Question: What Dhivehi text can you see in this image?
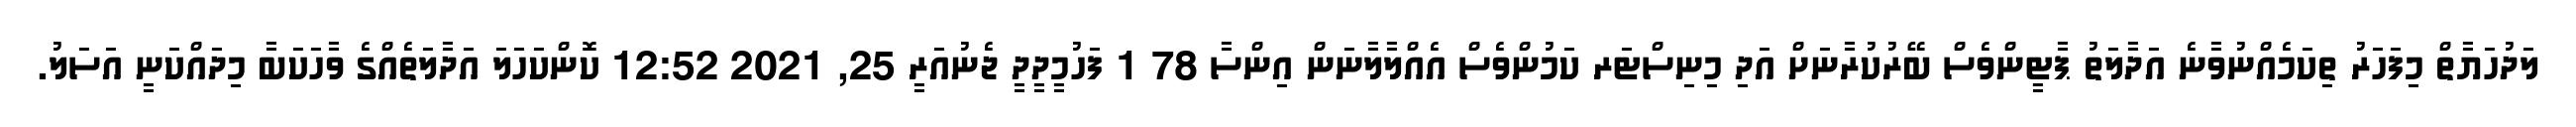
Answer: ލަދުހަޔާތް މިފަހަރު ތިކަމެއްނުވާނެ އަދާލަތު ޕާޓީންވެސް ބޭރުކުރާނަށް އަދި މިނިސްޓަރ ކަމުންވެސް އެއްލާލާނަން އިންސާ 78 1 ފަހުމީދީދީ ޖެނުއަރީ 25, 2021 12:52 ކޮންކަހަލަ އަދާލަތެއްގެ ވާހަކަބާ މިދައްކަނީ އަސަލު.